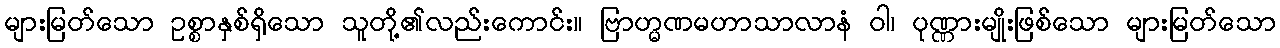
များမြတ်သော ဥစ္စာနှစ်ရှိသော သူတို့၏လည်းကောင်း။ ဗြာဟ္မဏမဟာသာလာနံ ဝါ၊ ပုဏ္ဏားမျိုးဖြစ်သော များမြတ်သော